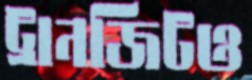
ট্রানজিটও